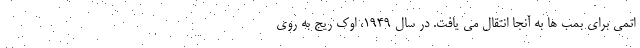
اتمی برای بمب ها به آنجا انتقال می یافت. در سال 1949، اوک ریج به روی